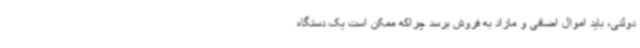
دولتی، باید اموال اضافی و مازاد به فروش برسد چراکه ممکن است یک دستگاه